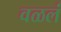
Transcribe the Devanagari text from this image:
वळलं